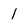
Character: 1